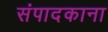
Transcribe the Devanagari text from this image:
संपादकाना